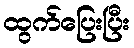
ထွက်ပြေးပြီး